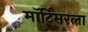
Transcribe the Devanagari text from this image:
मॉर्टिमरला